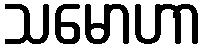
သမောဟာ